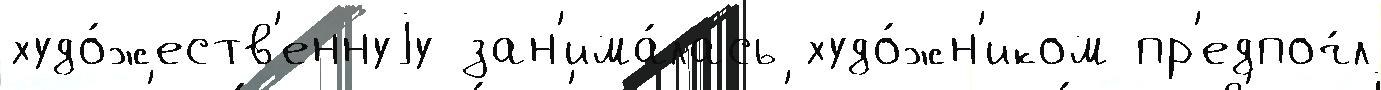
худо́жеств'еннуjу зан'има́лась худо́жн'иком пр'едпоч́л